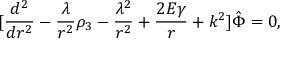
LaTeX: \lbrack { \frac { d ^ { 2 } } { d r ^ { 2 } } } - { \frac { \lambda } { r ^ { 2 } } } \rho _ { 3 } - { \frac { \lambda ^ { 2 } } { r ^ { 2 } } } + { \frac { 2 E \gamma } { r } } + k ^ { 2 } \rbrack \hat { \Phi } = 0 ,